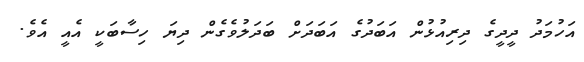
އަހުމަދު ދީދީގެ ދިރިއުޅުން އަބަދުގެ އަބަދަށް ބަދަލުވެގެން ދިޔަ ހިސާބަކީ އެއީ އެވެ.